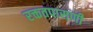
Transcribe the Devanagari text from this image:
रक्ततपासणी